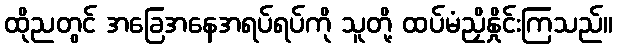
ထိုညတွင် အခြေအနေအရပ်ရပ်ကို သူတို့ ထပ်မံညှိနှိုင်းကြသည်။